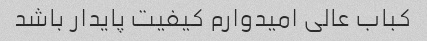
کباب عالی امیدوارم کیفیت پایدار باشد